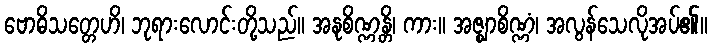
ဗောဓိသတ္တေဟိ၊ ဘုရားလောင်းတို့သည်။ အနုစိဏ္ဏန္တိ၊ ကား။ အဇ္ဈာစိဏ္ဏံ၊ အလွန်သေလိုအပ်၏။